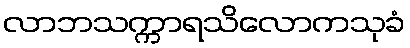
လာဘသက္ကာရသိလောကသုခံ